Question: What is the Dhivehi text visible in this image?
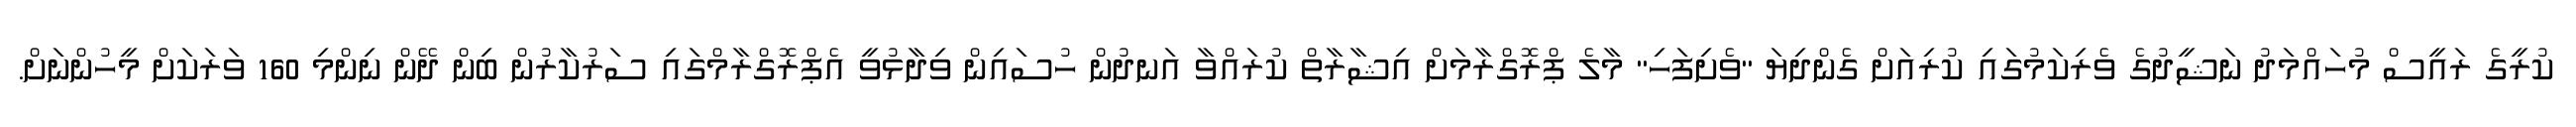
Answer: ކުރީގެ ރައީސް މުހައްމަދު ނަޝީދުގެ ވެރިކަމުގައި ކުރިއަށް ގެންދިޔަ "ވެށިފަހި" މާލެ ޕްރޮގްރާމަށް އިޝާރާތް ކުރައްވާ އަނދުން ހުސައިން ވިދާޅުވީ އެޕްރޮގްރާމްގައި ސަރުކާރުން ބިން ދޭން ނިންމި 160 ވަރަކަށް މީހުންނަށް.